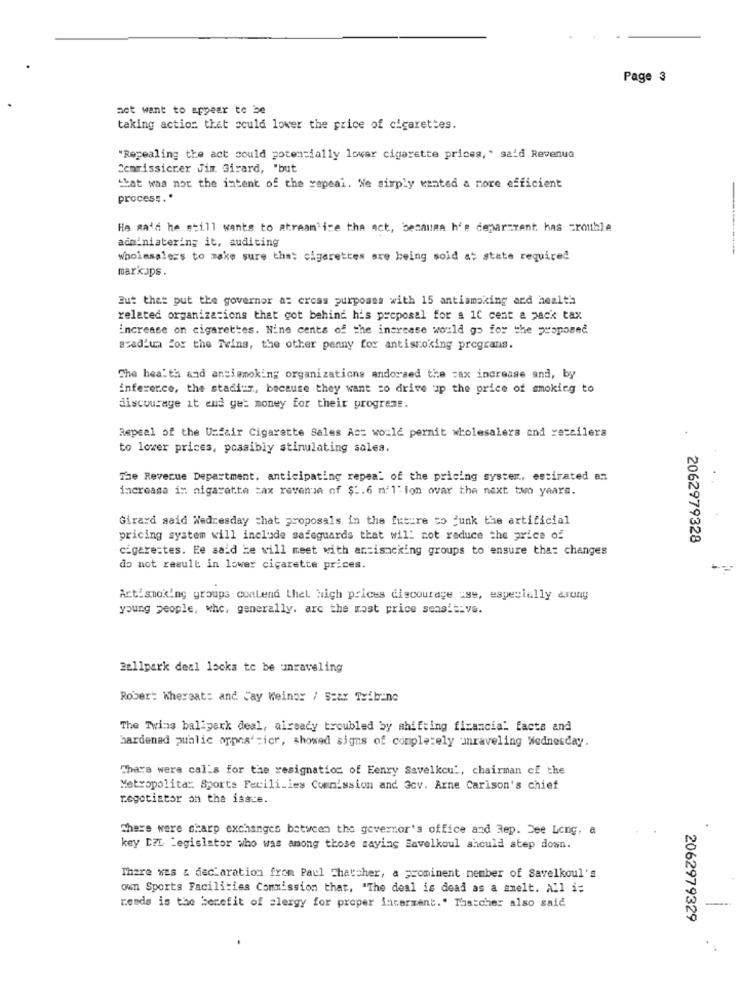
Page 3
act want to appear to be
taking action that could lower the price of cigarettes.
"Repealing the act could potentially lover cigarette prices, " said Revenue
Cemrissicrer Jim. Girard, 'but
that was not the intent of the rapeai. Ne simply wanted a more efficient
process. *
He said he still wants to atraam'ize the act, benauma h'e deparszent has =rouble
administering it, auditing
wholesalers to make sure that cigarettes are being sold at state required
markups.
But that put the governor a: cress purpossa with 15 antismoking and health
related organizations that got behind his proposal for a 1C cent a pack tax
increase on cigarettes. Nine cents of the increase would go for the proposed
azadium For the Twins, the other penny for antiszoking prograns.
The health and ansismoking organizations andorsed the =ax increase and, by
inference, the stadi:", because they want to drive up the price of smoking to
discourage it and get money for their progress.
Repeal of the Unfair Cigarette Sales Act would pernit wholesalers and zescilera
to lower prices, possibly stinulating sales.
The Revenue Department. anticipating repeal of the pricing syster, estirated an
increase in nigarette tax revenue of $2.6 mi l'ion ovar the next two years.
Girard said Wednesday that proposals in the future to junk the artificial
pricing system will include safeguards that will not reduce the price of
2062979328
cigere:tes. Ee said he will meet with artisncking groups to ensure that changes
do not result in lower cigarette prices.
Artismoking groups conlend thel high prices discourage iss, especially arony
young people, whe, generally. arc the most price sensitive.
Ballpark deal locks to be umraveling
Rober: Whereat: and Jay Weinor / S=ax Tribino
The Twins ballpark deal, already troubled by shifting financial facts and
hardened public oppes' =icr, showed signs of completely unraveling Wednesday.
There were calls for the resignation of Eenry Savelkcut, chairman of the
Metropolita: Sports Facili_les Commission and 3cv. Arne Carison's chief
negotiator on the issce.
There were sharp exchanges between the governor's office and Rep. Dee Long, a
key DIL Legislator who was among those saying Savelkoul should step down.
There xes & declaration from Paul Thatcher, a prominent member of Savelkoul's
own Sports Facilities Commission that, "The deal is dead as a smelt. All i:
rends is the benefit of alergy for proper interment." Thatcher also said
2062979329